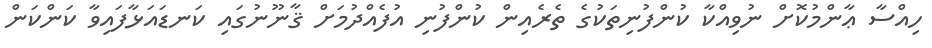
ހިއްސާ ޢާންމުކޮށް ނުވިއްކާ ކުންފުނިތަކުގެ ތެރެއިން ކުންފުނި އުފެއްދުމަށް ޤާނޫނުގައި ކަނޑައަޅާފައިވާ ކަންކަން